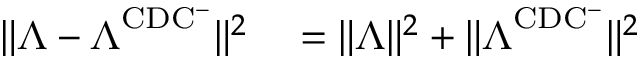
\begin{array} { r l } { \lVert \boldsymbol { \Lambda } - \boldsymbol { \Lambda } ^ { \mathrm { C D C ^ { - } } } \rVert ^ { 2 } } & { { } = \lVert \boldsymbol { \Lambda } \rVert ^ { 2 } + \lVert \boldsymbol { \Lambda } ^ { \mathrm { C D C ^ { - } } } \rVert ^ { 2 } } \end{array}